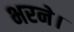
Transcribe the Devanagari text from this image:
भरने।